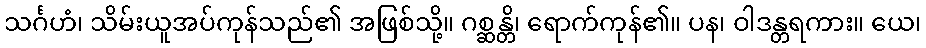
သင်္ဂဟံ၊ သိမ်းယူအပ်ကုန်သည်၏ အဖြစ်သို့။ ဂစ္ဆန္တိ၊ ရောက်ကုန်၏။ ပန၊ ဝါဒန္တရကား။ ယေ၊